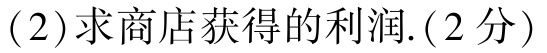
(2)求商店获得的利润.(2分)